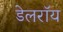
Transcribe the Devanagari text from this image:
डेलराॅय